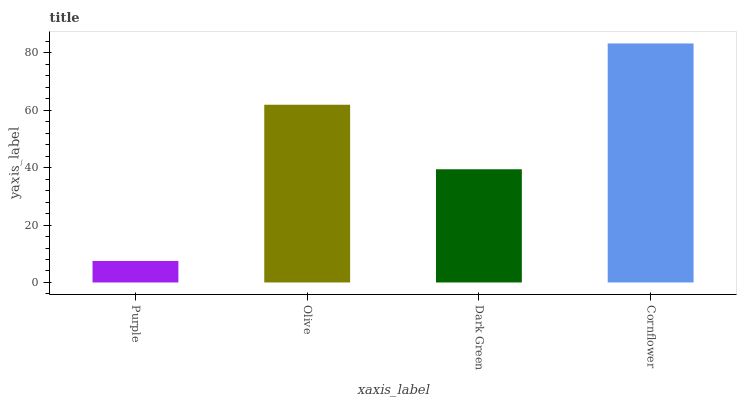
| xaxis_label | bars |
 | --- | --- |
 | Purple | 7.48 |
 | Olive | 61.9 |
 | Dark Green | 39.4 |
 | Cornflower | 83.2 |